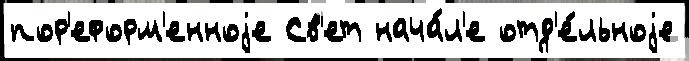
пор'еформ'енноjе Св'ет нача́л'е отд'е́льноjе